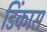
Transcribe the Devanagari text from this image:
डिंकास